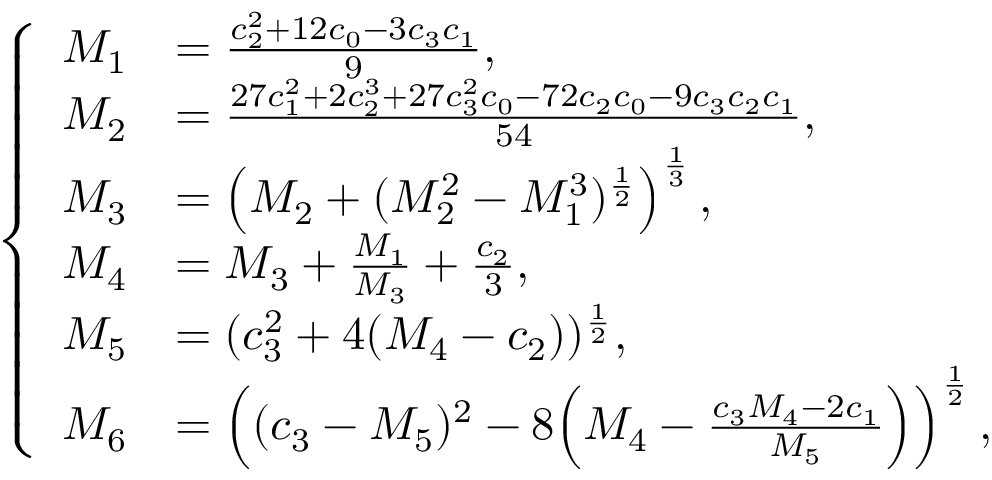
\begin{array} { r } { \left\{ \begin{array} { r l } { M _ { 1 } } & { = \frac { c _ { 2 } ^ { 2 } + 1 2 c _ { 0 } - 3 c _ { 3 } c _ { 1 } } { 9 } , } \\ { M _ { 2 } } & { = \frac { 2 7 c _ { 1 } ^ { 2 } + 2 c _ { 2 } ^ { 3 } + 2 7 c _ { 3 } ^ { 2 } c _ { 0 } - 7 2 c _ { 2 } c _ { 0 } - 9 c _ { 3 } c _ { 2 } c _ { 1 } } { 5 4 } , } \\ { M _ { 3 } } & { = \left( M _ { 2 } + ( M _ { 2 } ^ { 2 } - M _ { 1 } ^ { 3 } ) ^ { \frac { 1 } { 2 } } \right) ^ { \frac { 1 } { 3 } } , } \\ { M _ { 4 } } & { = M _ { 3 } + \frac { M _ { 1 } } { M _ { 3 } } + \frac { c _ { 2 } } { 3 } , } \\ { M _ { 5 } } & { = ( c _ { 3 } ^ { 2 } + 4 ( M _ { 4 } - c _ { 2 } ) ) ^ { \frac { 1 } { 2 } } , } \\ { M _ { 6 } } & { = \left( ( c _ { 3 } - M _ { 5 } ) ^ { 2 } - 8 \Big ( M _ { 4 } - \frac { c _ { 3 } M _ { 4 } - 2 c _ { 1 } } { M _ { 5 } } \Big ) \right) ^ { \frac { 1 } { 2 } } , } \end{array} \right. } \end{array}